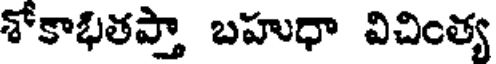
శోకాభితప్తా బహుధా విచింత్య